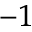
^ { - 1 }